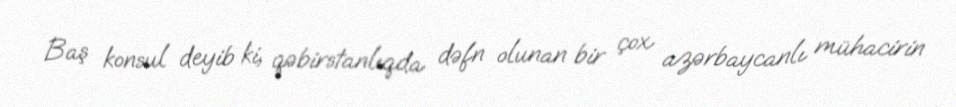
Baş konsul deyib ki, qəbirstanlıqda dəfn olunan bir çox azərbaycanlı mühacirin